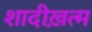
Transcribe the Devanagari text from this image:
शादीख़त्म